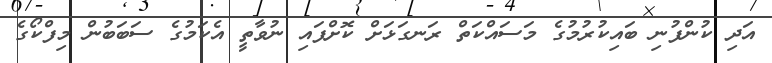
އަދި ކުންފުނި ބައިކުރުުމުގެ މަސައްކަތް ރަނގަޅަށް ކޮށްފައި ނުވާތީ އެކަމުގެ ސަބަބުން މިފްކޯގެ